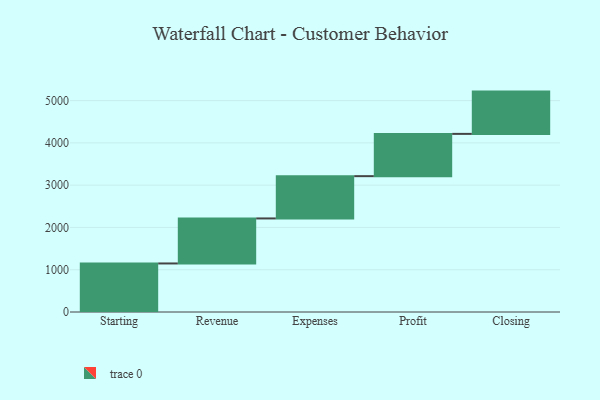
{"axis": {"x": "Step", "y": "Value"}, "legend": [""], "data": [{"x": "Starting", "y": 1148.0, "type": ""}, {"x": "Revenue", "y": 1065.0, "type": ""}, {"x": "Expenses", "y": 1000, "type": ""}, {"x": "Profit", "y": 1000, "type": ""}, {"x": "Closing", "y": 1000, "type": ""}]}